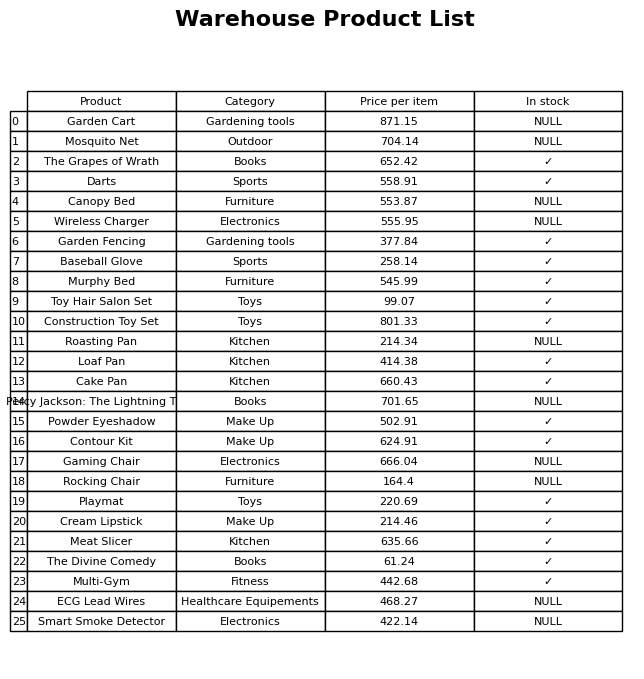
question: What is the stock status of the Percy Jackson: The Lightning Thief?
answer: NULL